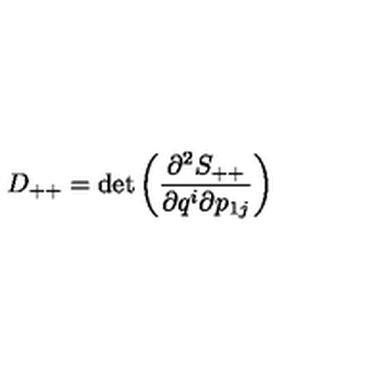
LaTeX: D _ { + + } = \det \left( \frac { \partial ^ { 2 } S _ { + + } } { \partial q ^ { i } \partial p _ { 1 j } } \right)